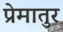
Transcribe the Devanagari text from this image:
प्रेमातुर